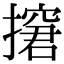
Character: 㩈